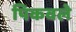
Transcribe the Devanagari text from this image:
पिकवले